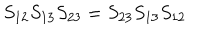
S _ { 1 2 } S _ { 1 3 } S _ { 2 3 } = S _ { 2 3 } S _ { 1 3 } S _ { 1 2 }